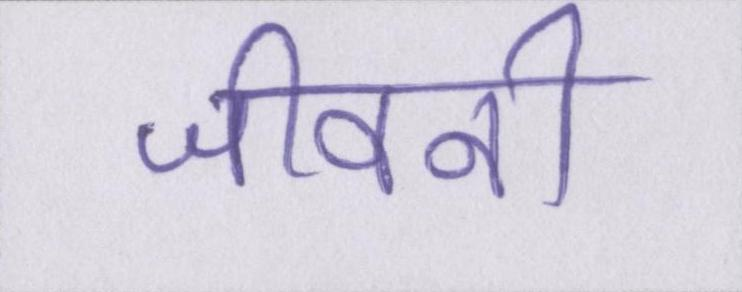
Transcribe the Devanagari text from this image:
जीवनी